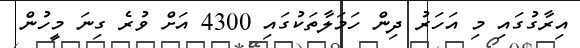
އިރާގުގައި މި އަހަރު ދިން ހަމަލާތަކުގައި 4300 އަށް ވުރެ ގިނަ މީހުން